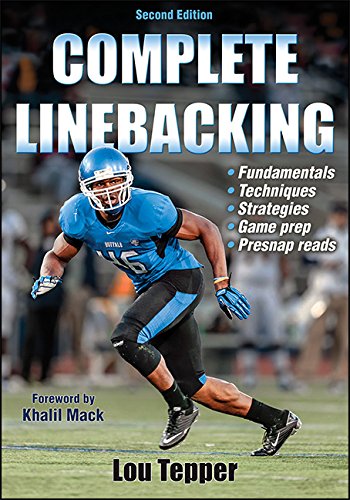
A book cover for Complete Linebacking-2nd Edition; Lou Tepper; Sports & Outdoors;